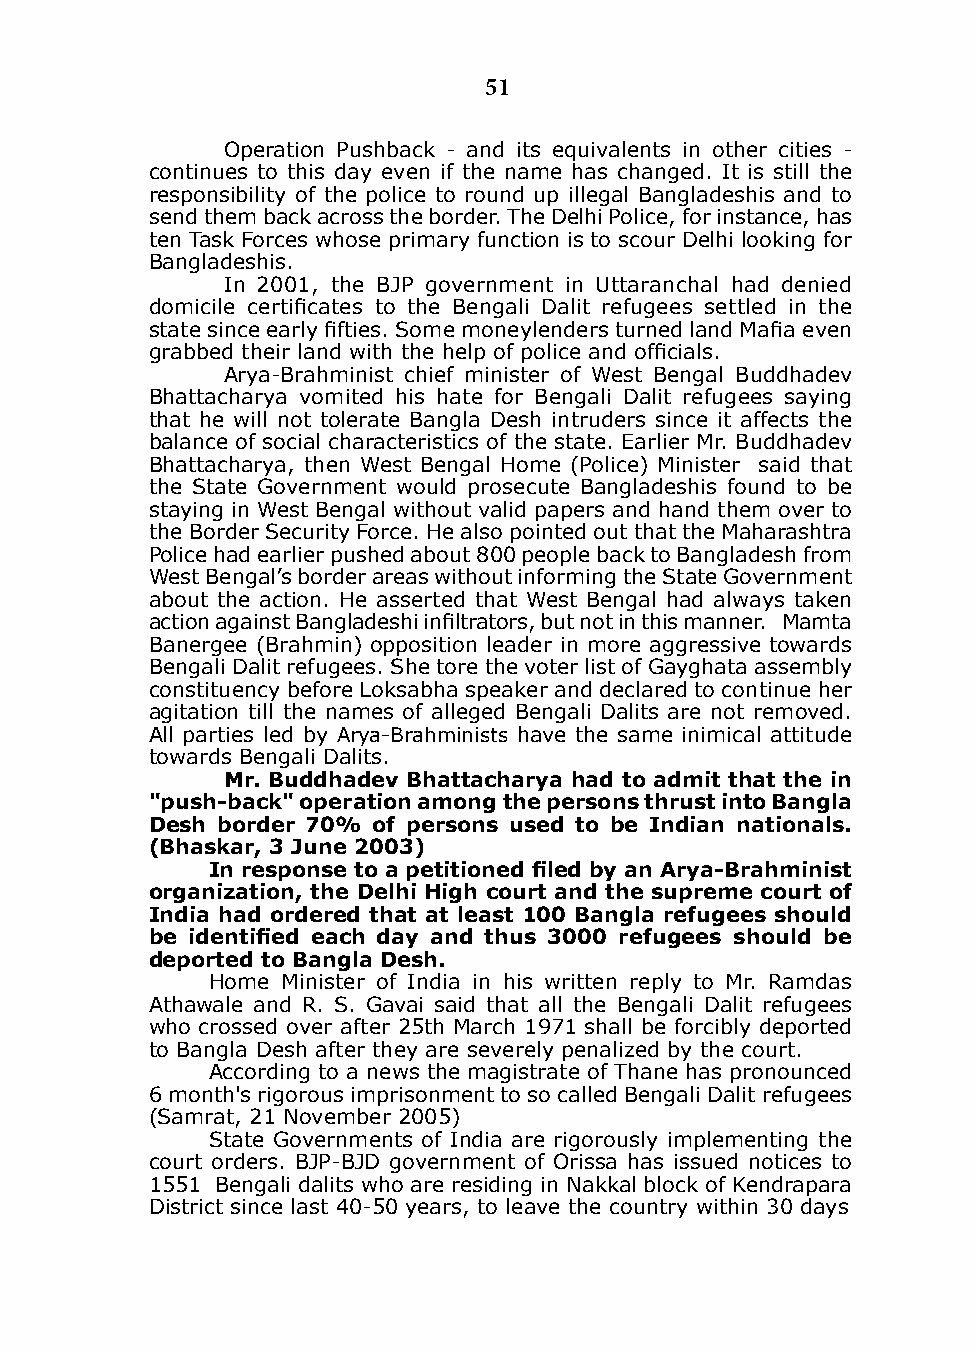
51
 Operation Pushback - and its equivalents in other cities -
 continues to this day even if the name has changed. it is still the
 responsibility of the police to round up illegal Bangladeshis and to
 send them back across the border. The delhi Police, for instance, has
 ten Task Forces whose primary function is to scour delhi looking for
 Bangladeshis.
 in 2001, the BJP government in Uttaranchal had denied
 domicile certificates to the Bengali Dalit refugees settled in the
 state since early fifties. Some moneylenders turned land Mafia even
 grabbed their land with the help of police and officials.
 Arya-Brahminist chief minister of West Bengal Buddhadev
 Bhattacharya vomited his hate for Bengali dalit refugees saying
 that he will not tolerate Bangla desh intruders since it affects the
 balance of social characteristics of the state. Earlier Mr. Buddhadev
 Bhattacharya, then West Bengal Home (Police) Minister said that
 the State Government would prosecute Bangladeshis found to be
 staying in West Bengal without valid papers and hand them over to
 the Border Security Force. He also pointed out that the Maharashtra
 Police had earlier pushed about 800 people back to Bangladesh from
 West Bengal’s border areas without informing the State Government
 about the action. He asserted that West Bengal had always taken
 action against Bangladeshi infiltrators, but not in this manner. Mamta
 Banergee (Brahmin) opposition leader in more aggressive towards
 Bengali dalit refugees. She tore the voter list of Gayghata assembly
 constituency before Loksabha speaker and declared to continue her
 agitation till the names of alleged Bengali dalits are not removed.
 All parties led by Arya-Brahminists have the same inimical attitude
 towards Bengali dalits.
 mr. Buddhadev Bhattacharya had to admit that the in
 "push-back" operation among the persons thrust into Bangla
 desh border 70% of persons used to be Indian nationals.
 (Bhaskar, 3 June 2003)
 In response to a petitioned filed by an Arya-Brahminist
 organization, the delhi High court and the supreme court of
 India had ordered that at least 100 Bangla refugees should
 be identified each day and thus 3000 refugees should be
 deported to Bangla desh.
 Home Minister of india in his written reply to Mr. Ramdas
 Athawale and R. S. Gavai said that all the Bengali dalit refugees
 who crossed over after 25th March 1971 shall be forcibly deported
 to Bangla desh after they are severely penalized by the court.
 According to a news the magistrate of Thane has pronounced
 6 month's rigorous imprisonment to so called Bengali dalit refugees
 (Samrat, 21 November 2005)
 State Governments of india are rigorously implementing the
 court orders. BJP-BJd government of Orissa has issued notices to
 1551 Bengali dalits who are residing in Nakkal block of kendrapara
 district since last 40-50 years, to leave the country within 30 days